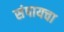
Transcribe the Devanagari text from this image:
संपायचा